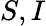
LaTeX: S,I